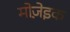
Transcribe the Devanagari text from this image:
मोजे़इक